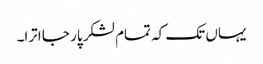
یہاں تک کہ تمام لشکر پار جا اترا۔